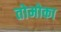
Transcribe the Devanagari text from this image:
तोमोका